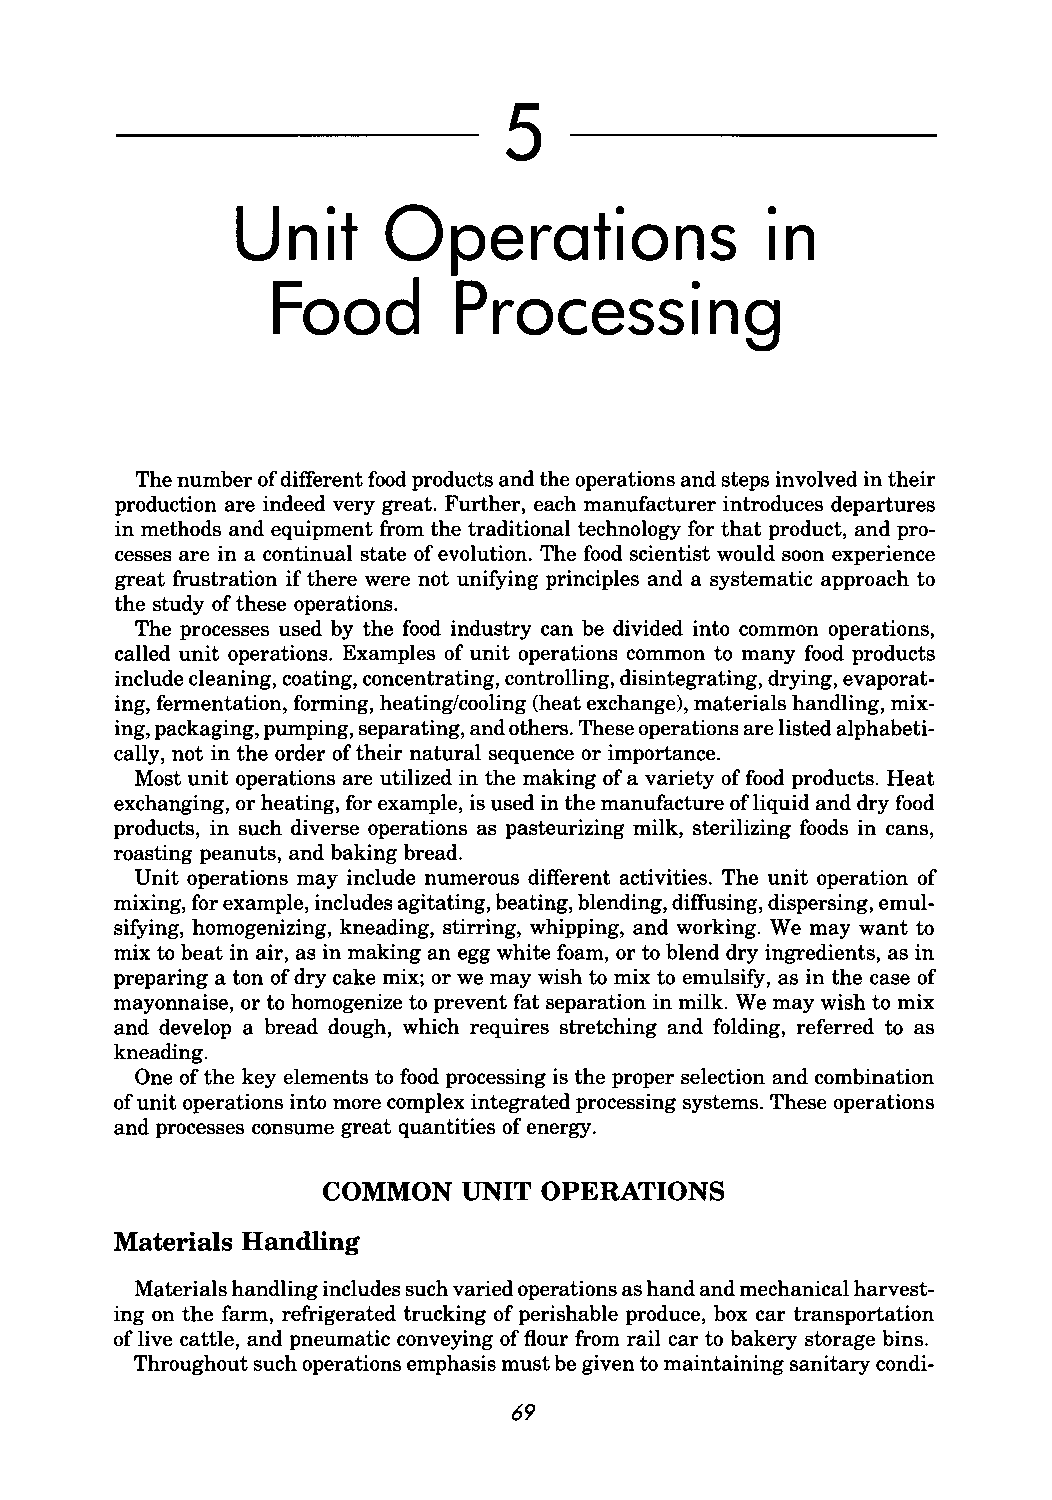
5
 Unit     Operations                in
 Food        Processing
 The number of different food products and the operations and steps involved in their
 production are indeed very great. Further, each manufacturer introduces departures
 in methods and equipment from the traditional technology for that product, and pro
 cesses are in a continual state of evolution. The food scientist would soon experience
 great frustration if there were not unifying principles and a systematic approach to
 the study of these operations.
 The processes used by the food industry can be divided into common operations,
 called unit operations. Examples of unit operations common to many food products
 include cleaning, coating, concentrating, controlling, disintegrating, drying, evaporat
 ing, fermentation, forming, heating/cooling (heat exchange), materials handling, mix
 ing, packaging, pumping, separating, and others. These operations are listed alphabeti
 cally, not in the order of their natural sequence or importance.
 Most unit operations are utilized in the making of a variety of food products. Heat
 exchanging, or heating, for example, is used in the manufacture of liquid and dry food
 products, in such diverse operations as pasteurizing milk, sterilizing foods in cans,
 roasting peanuts, and baking bread.
 Unit operations may include numerous different activities. The unit operation of
 mixing, for example, includes agitating, beating, blending, diffusing, dispersing, emul
 sifying, homogenizing, kneading, stirring, whipping, and working. We may want to
 mix to beat in air, as in making an egg white foam, or to blend dry ingredients, as in
 preparing a ton of dry cake mix; or we may wish to mix to emulsify, as in the case of
 mayonnaise, or to homogenize to prevent fat separation in milk. We may wish to mix
 and develop a bread dough, which requires stretching and folding, referred to as
 kneading.
 One of the key elements to food processing is the proper selection and combination
 of unit operations into more complex integrated processing systems. These operations
 and processes consume great quantities of energy.
 COMMON    UNIT OPERATIONS
 Materials Handling
 Materials handling includes such varied operations as hand and mechanical harvest
 ing on the farm, refrigerated trucking of perishable produce, box car transportation
 of live cattle, and pneumatic conveying of flour from rail car to bakery storage bins.
 Throughout such operations emphasis must be given to maintaining sanitary condi-
 69